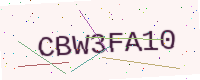
Text: CBW3FA10